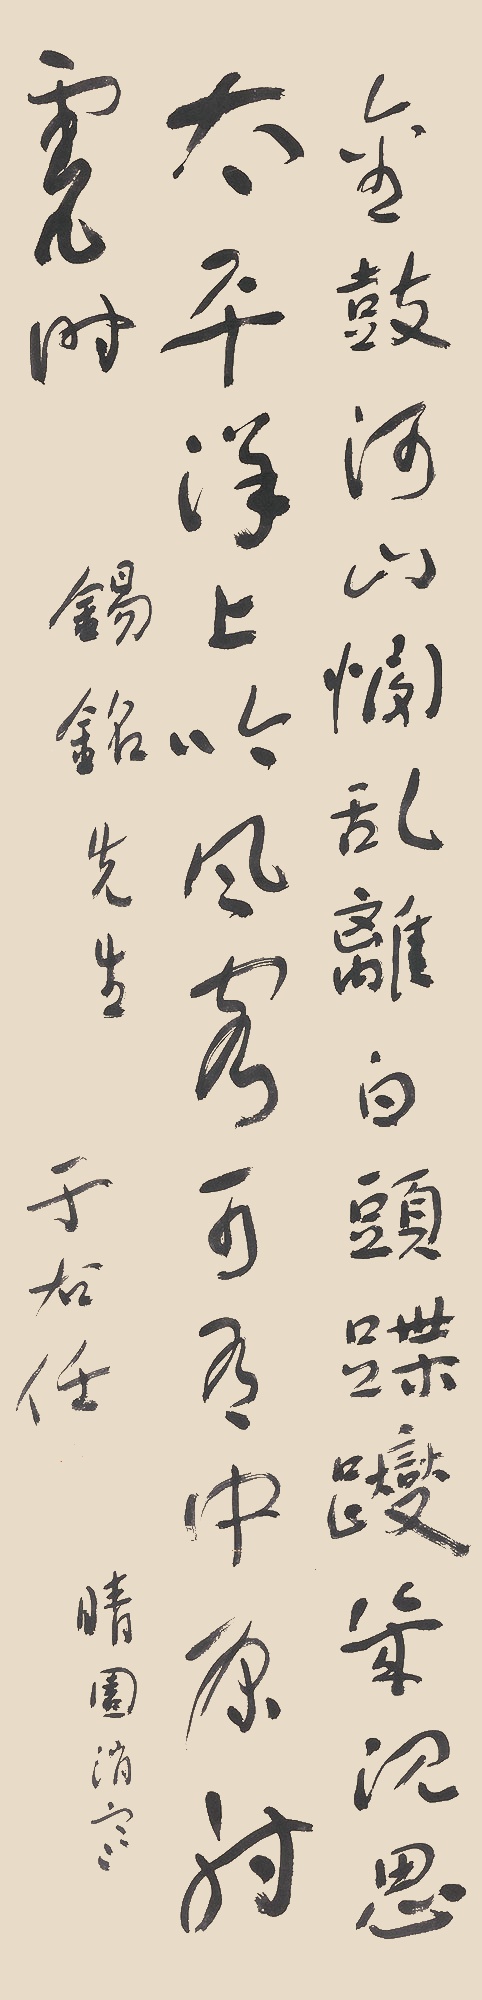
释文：金鼓河山悯乱离，白头蹀躞几沉思。太平洋上吟风客，可有中原射虎时。锡铭先生。于右任。晴园消寒。